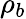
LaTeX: \rho_{b}